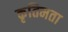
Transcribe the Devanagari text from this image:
कृतिमता